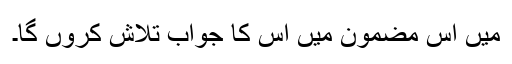
میں اس مضمون میں اس کا جواب تلاش کروں گا۔